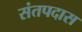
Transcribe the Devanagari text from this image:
संतपदास